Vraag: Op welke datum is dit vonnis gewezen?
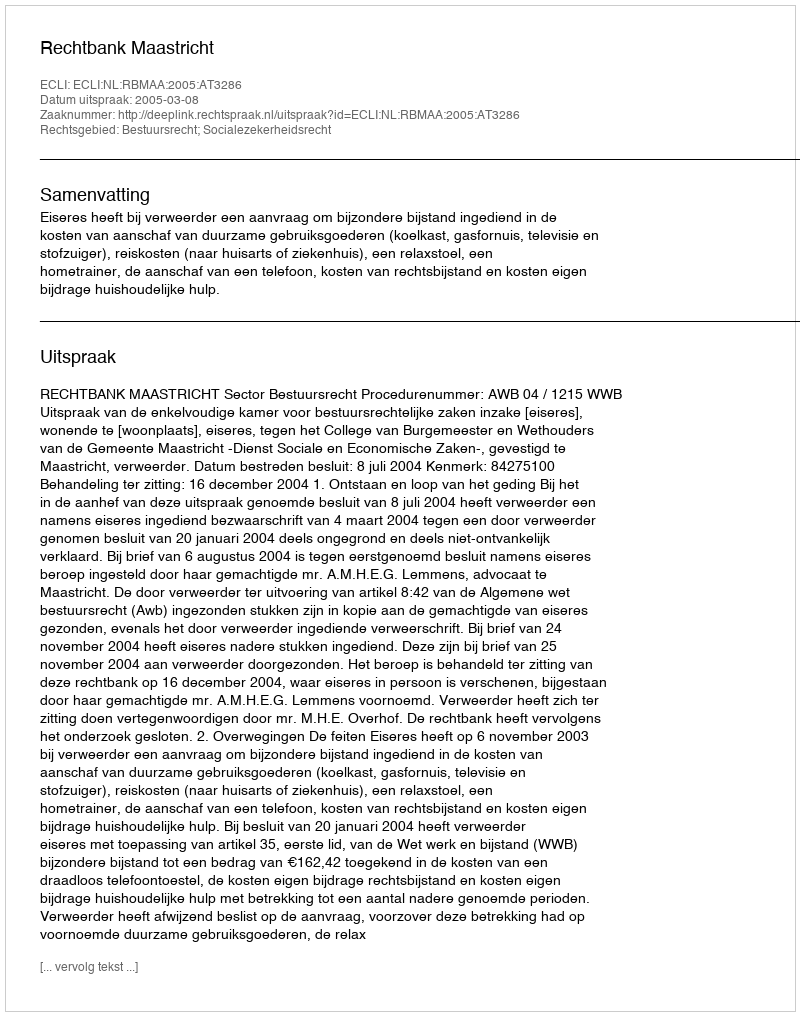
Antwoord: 2005-03-08